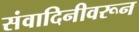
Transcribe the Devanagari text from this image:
संवादिनीवरून